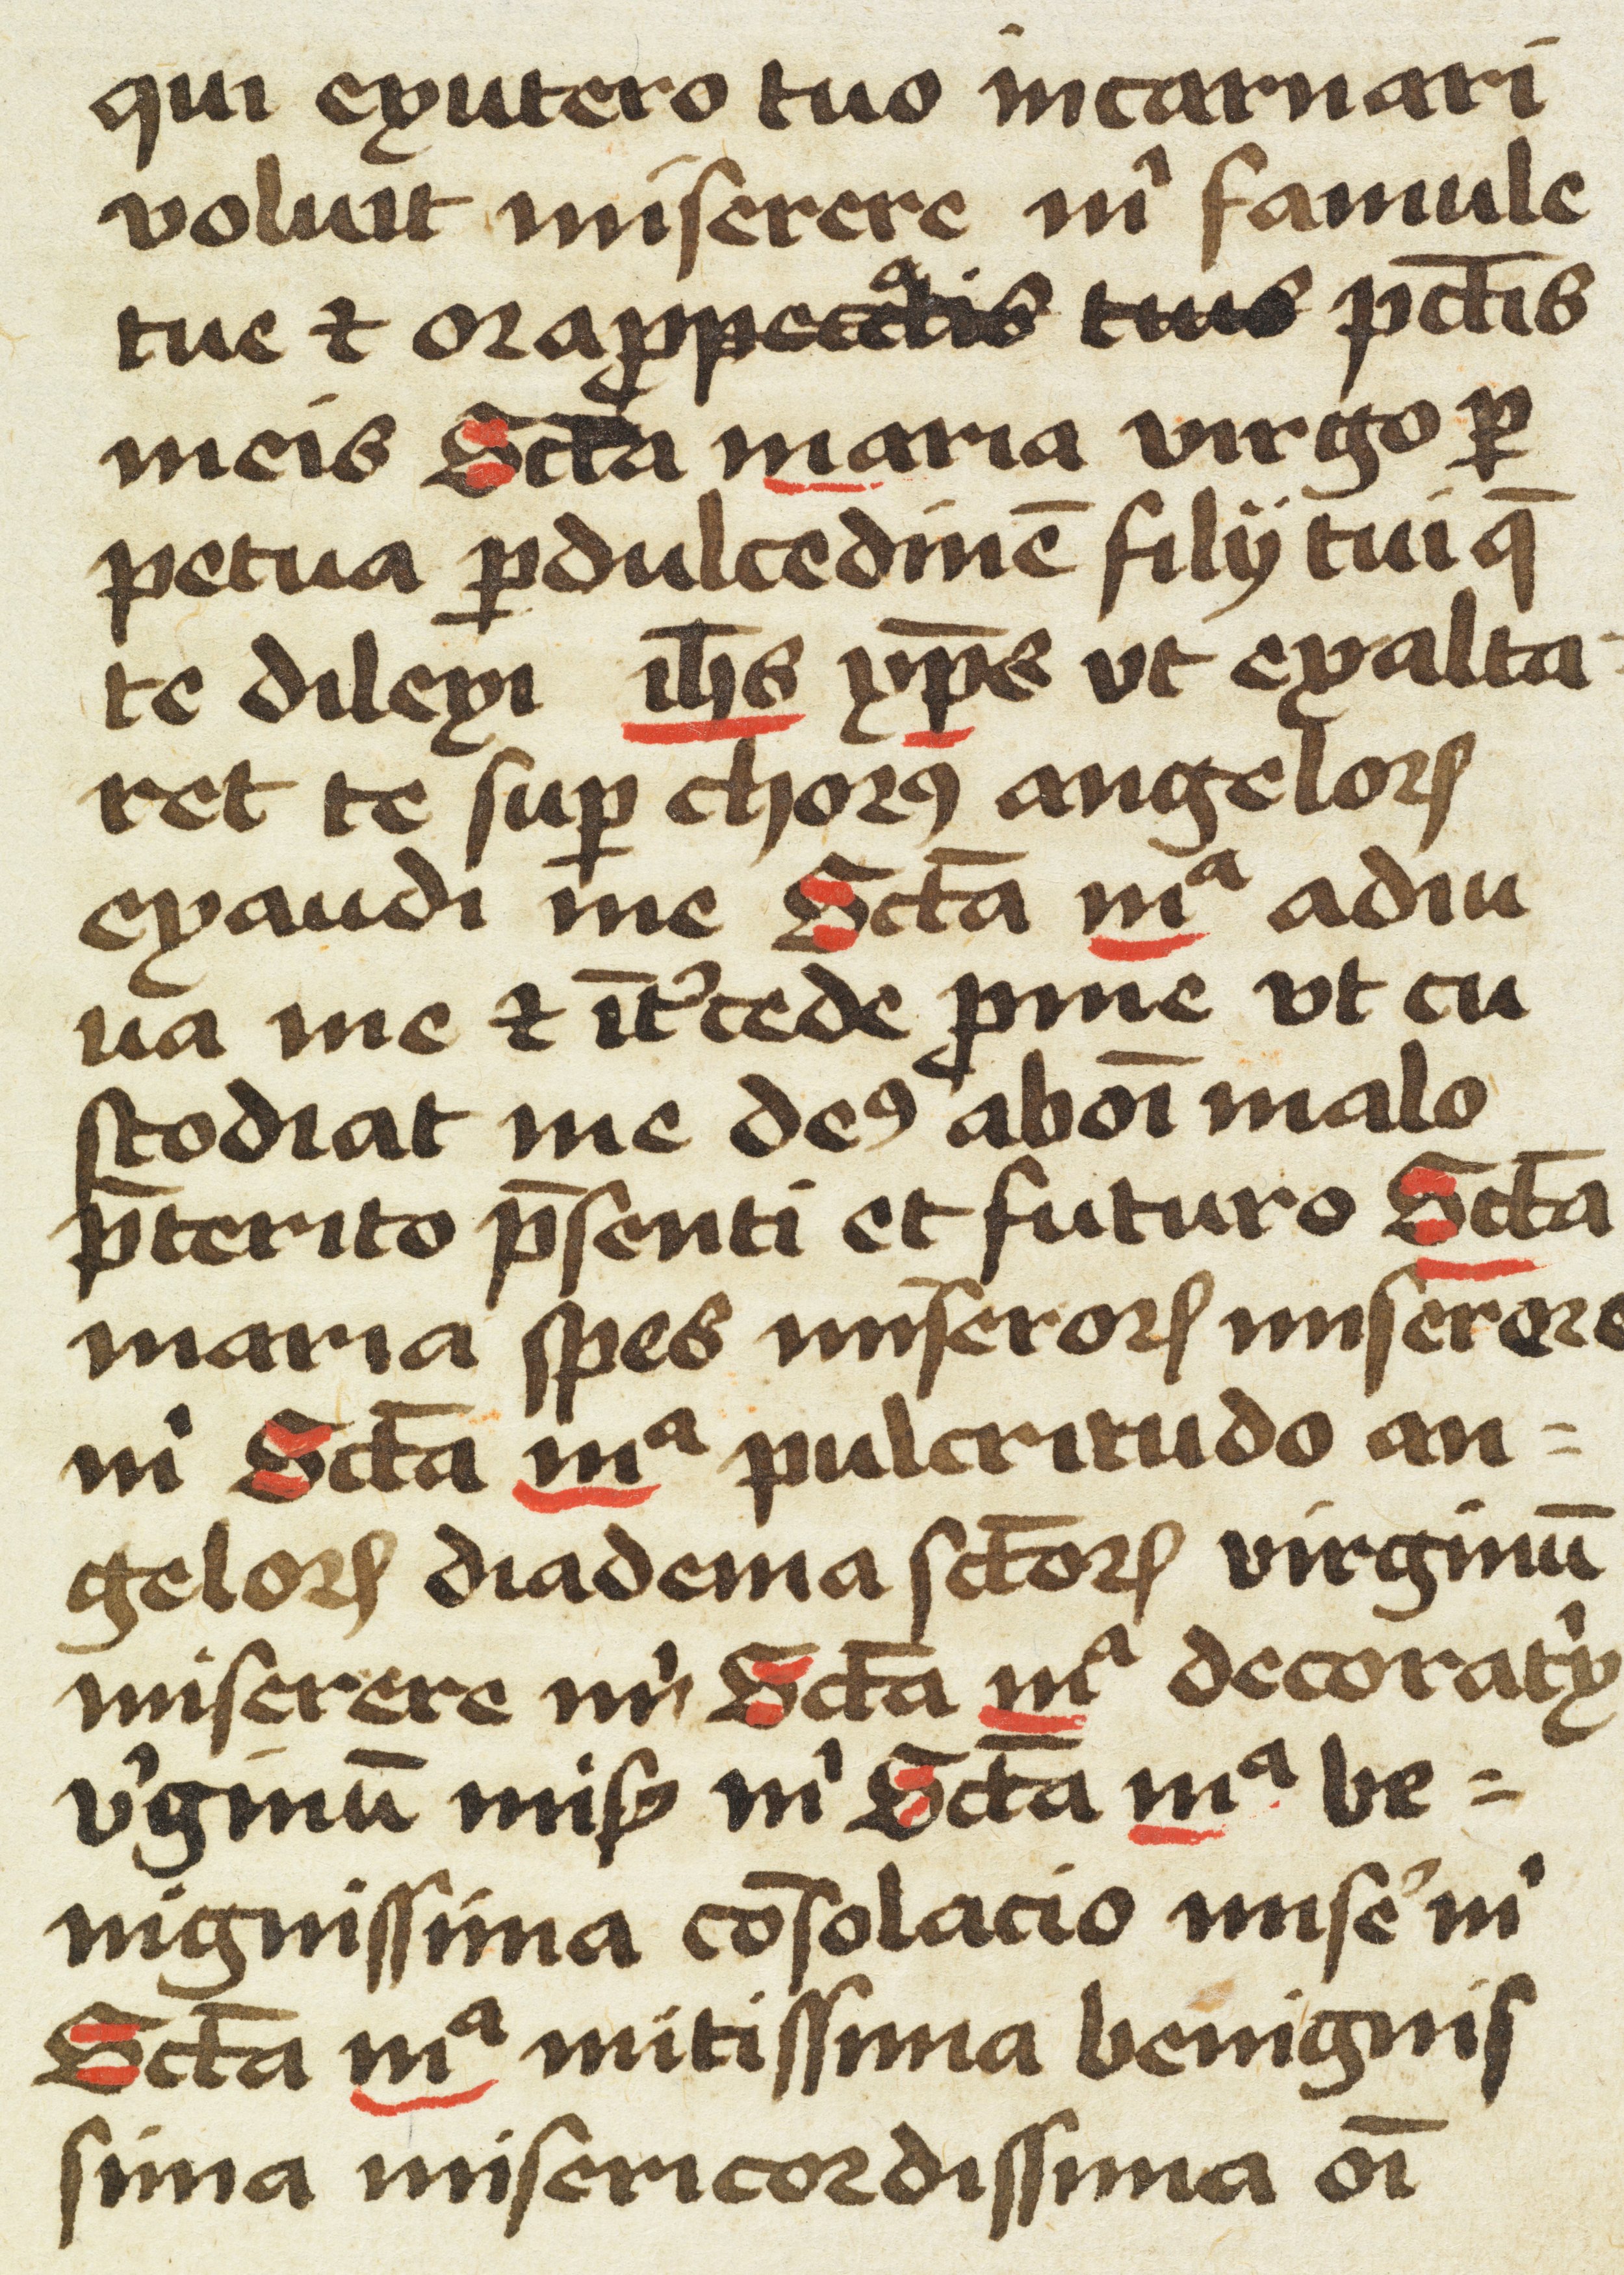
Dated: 1450–1499